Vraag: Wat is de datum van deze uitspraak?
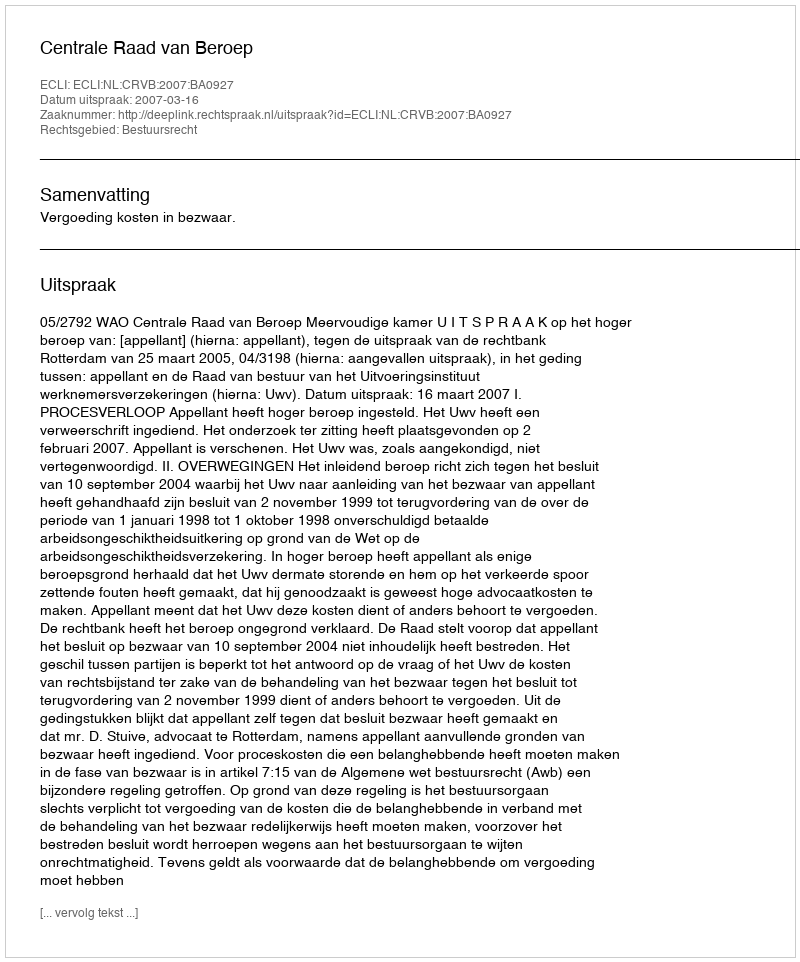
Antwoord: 2007-03-16